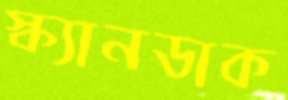
স্ক্যানডাক